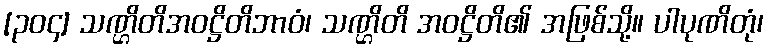
[၃၀၄] သဏ္ဌိတိအဝဋ္ဌိတိဘာဝံ၊ သဏ္ဌိတိ အဝဋ္ဌိတိ၏ အဖြစ်သို့။ ပါပုဏိတုံ၊